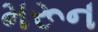
મરૂન